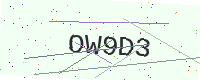
Text: OW9D3